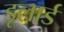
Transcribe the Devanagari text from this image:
डूलार्ड